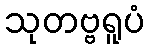
သုတဗ္ဗရူပံ